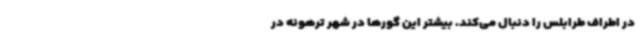
در اطراف طرابلس را دنبال می‌کند. بیشتر این گورها در شهر ترهونه در